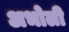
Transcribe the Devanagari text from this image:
अभोली